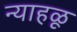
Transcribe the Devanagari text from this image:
न्याहळू